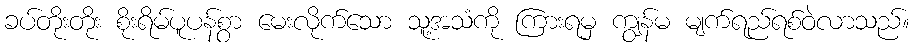
ခပ်တိုးတိုး စိုးရိမ်ပူပန်စွာ မေးလိုက်သော သူ့အသံကို ကြားရမှ ကျွန်မ မျက်ရည်ရစ်ဝဲလာသည်။